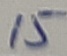
Text: 15